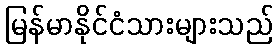
မြန်မာနိုင်ငံသားများသည်